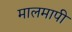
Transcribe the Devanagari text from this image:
मालमापी